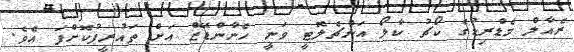
ރެއާލް މެޑްރިޑުގެ ކޯޗު ކާލޯ އަންޗެލޮޓީ ވަނީ ހެނާންޑޭޒް އަށް ތައުރީފުކޮށްފަ އެވެ.